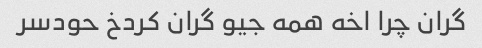
گران چرا اخه همه جیو گران کردخ حودسر